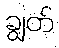
ချွတ်